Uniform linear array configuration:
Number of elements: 48
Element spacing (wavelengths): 0.25
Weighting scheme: hamming
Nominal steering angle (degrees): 30
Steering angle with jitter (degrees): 29.159
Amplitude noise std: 0.05
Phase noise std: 0.05

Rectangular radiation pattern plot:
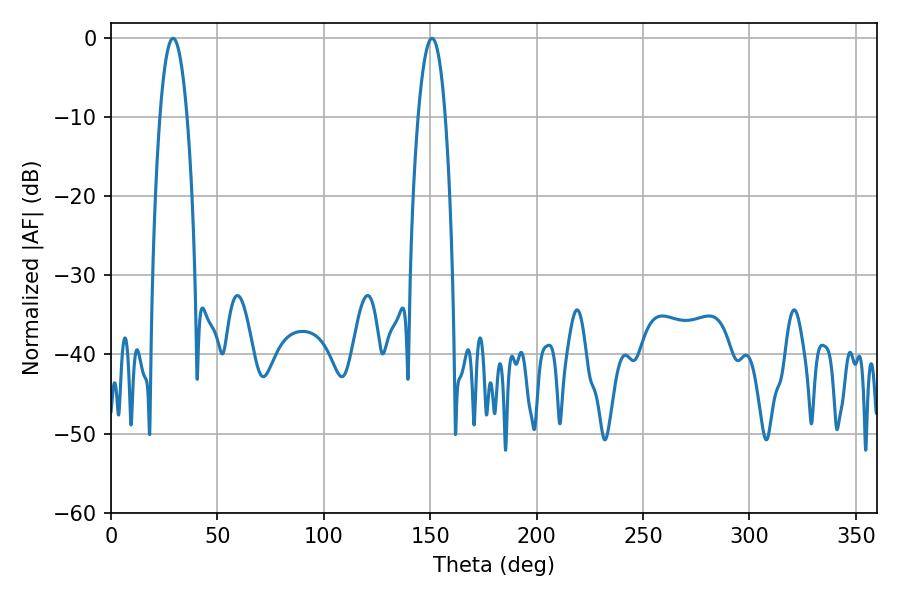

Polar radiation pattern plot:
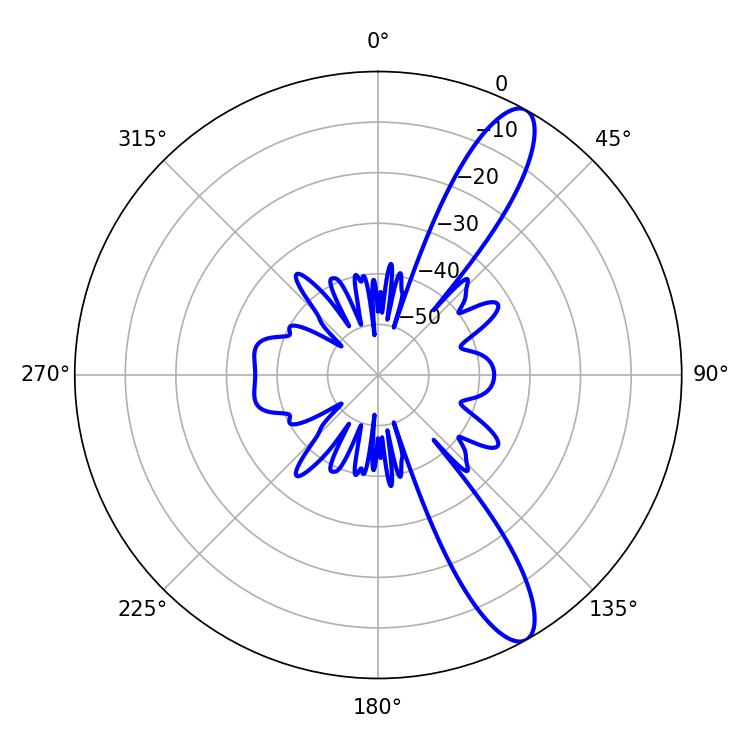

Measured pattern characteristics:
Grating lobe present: FALSE
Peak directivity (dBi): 11.893
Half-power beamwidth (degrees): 7.02
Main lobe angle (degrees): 29.16